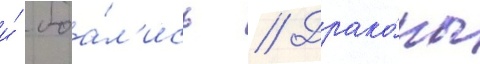
и́ боа́л'ись // Драко́ны